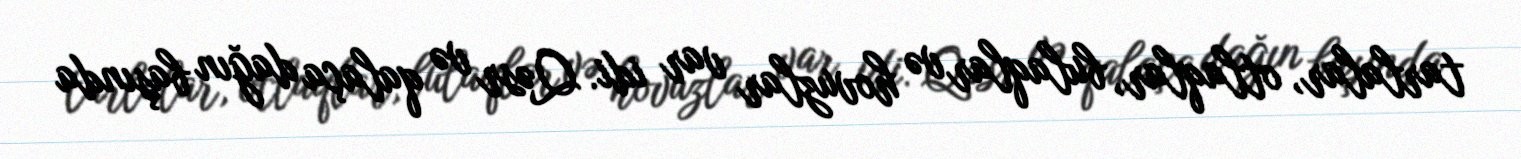
tarlalar, otlaqlar, bulaqlar və hovuzlar var idi. Qəsr və qalaça dağın başında